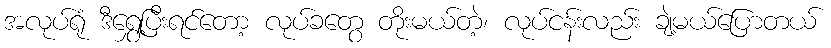
အလုပ်ရုံ ဒီရွှေ့ပြီးရင်တော့ လုပ်ခတွေ တိုးမယ်တဲ့၊ လုပ်ငန်းလည်း ချဲ့မယ်ပြောတယ်